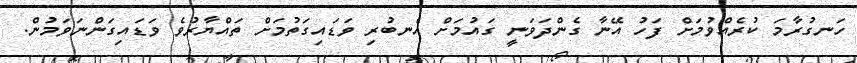
ހަނގުރާމަ ކުރެއްވުމަށް ފަހު އޭނާ ގެންދަވަނީ ގައުމަށް އެނބުރި ވަޑައިގަތުމަށް ތައްޔާރުވެ ވަޑައިގަންނަވަމުން.